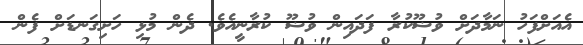
އެއަށްފަހު ނަމާދަށް ވުޟޫކުރާ ފަދައިން ވުޟޫ ކުރާނީއެވެ. ދެން މުޅި ހަށިގަނޑަށް ފެން